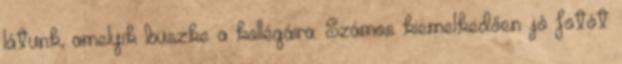
látunk, amelyik büszke a kollégáira. Számos kiemelkedően jó fotót